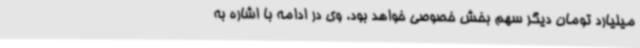
میلیارد تومان دیگر سهم بخش خصوصی خواهد بود. وی در ادامه با اشاره به